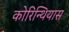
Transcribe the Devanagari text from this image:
कोरिन्थियास